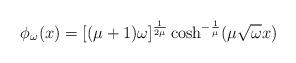
LaTeX: \begin{align*}\phi_{\omega}(x) = [(\mu+1)\omega]^{\frac1{2\mu}} \cosh^{-\frac1\mu}(\mu\sqrt\omega x)\end{align*}